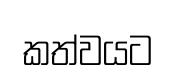
කත්වයට